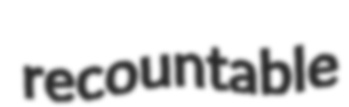
recountable